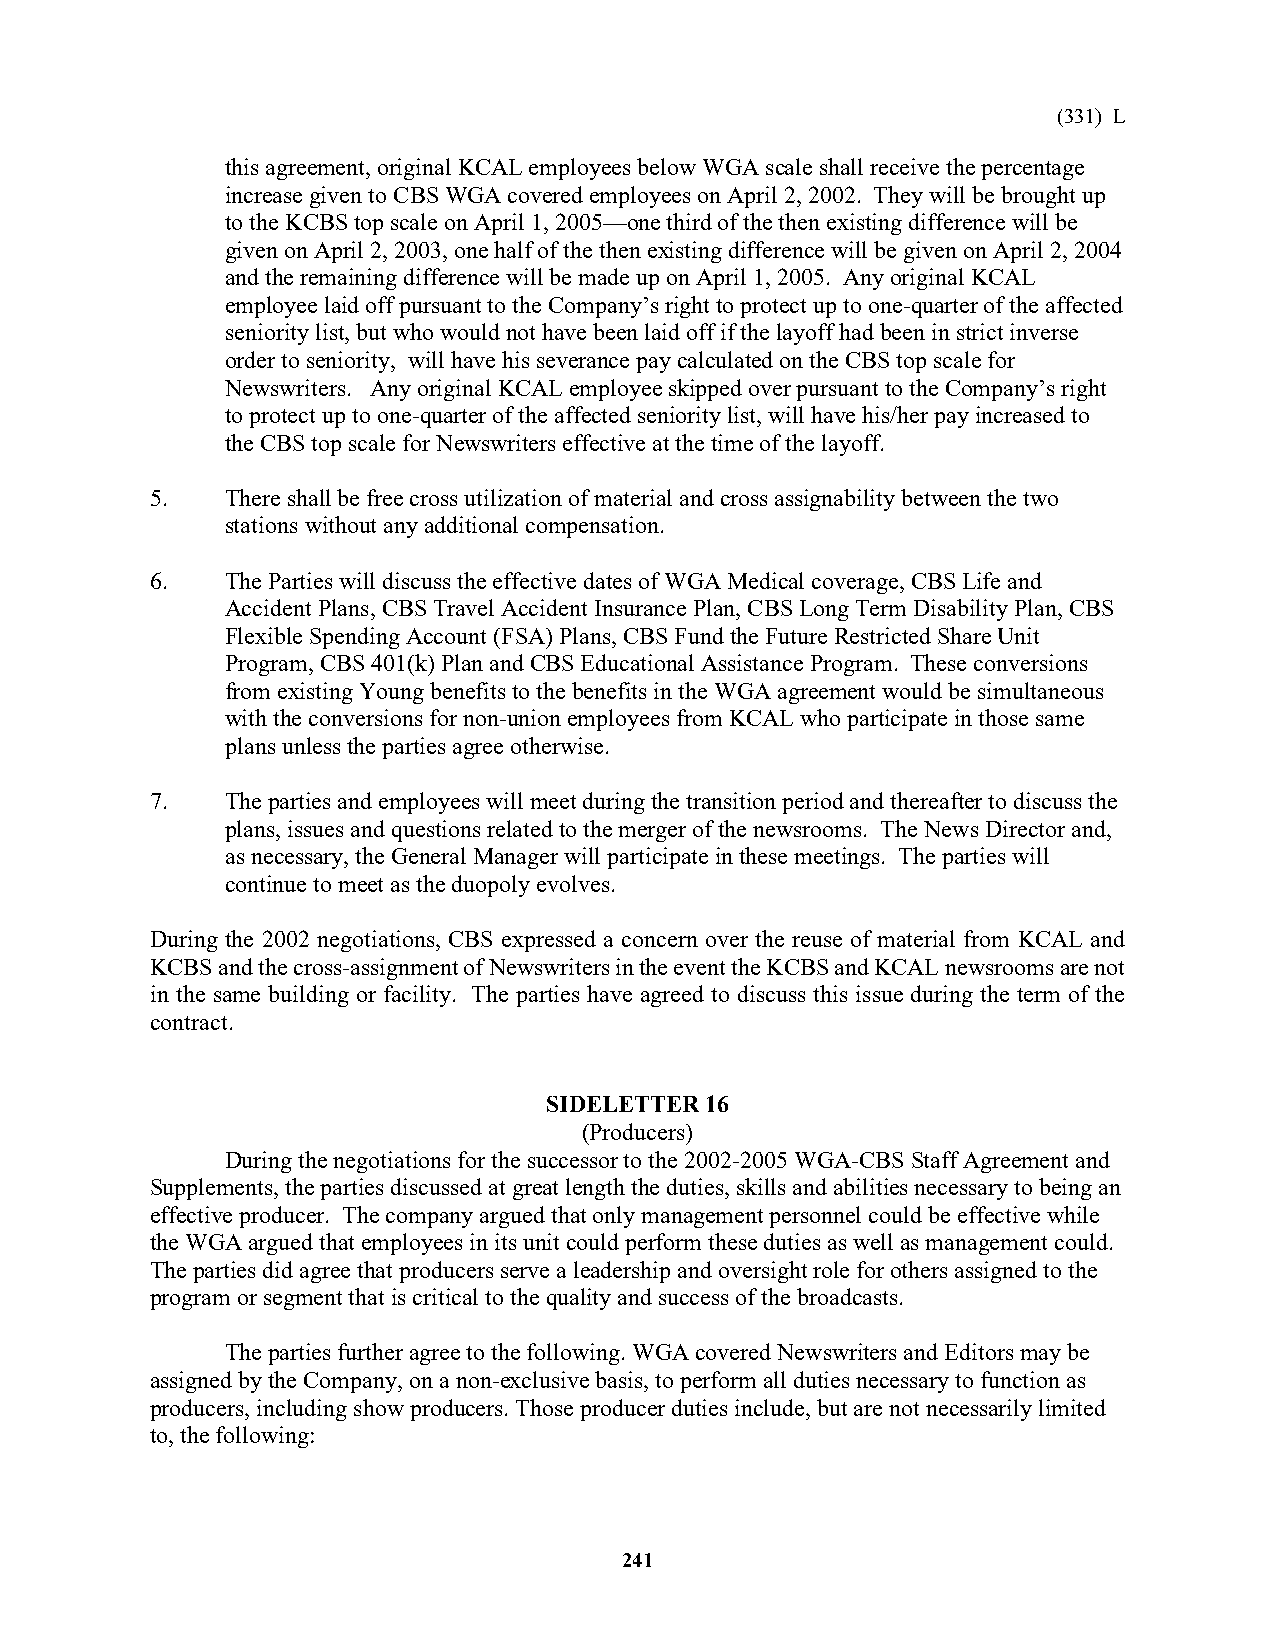
(331) L
 this agreement, original KCAL employees below WGA scale shall receive the percentage
 increase given to CBS WGA covered employees on April 2, 2002. They will be brought up
 to the KCBS top scale on April 1, 2005—one third of the then existing difference will be
 given on April 2, 2003, one half of the then existing difference will be given on April 2, 2004
 and the remaining difference will be made up on April 1, 2005. Any original KCAL
 employee laid off pursuant to the Company’s right to protect up to one-quarter of the affected
 seniority list, but who would not have been laid off if the layoff had been in strict inverse
 order to seniority, will have his severance pay calculated on the CBS top scale for
 Newswriters. Any original KCAL employee skipped over pursuant to the Company’s right
 to protect up to one-quarter of the affected seniority list, will have his/her pay increased to
 the CBS top scale for Newswriters effective at the time of the layoff.
 5.   There shall be free cross utilization of material and cross assignability between the two
 stations without any additional compensation.
 6.   The Parties will discuss the effective dates of WGA Medical coverage, CBS Life and
 Accident Plans, CBS Travel Accident Insurance Plan, CBS Long Term Disability Plan, CBS
 Flexible Spending Account (FSA) Plans, CBS Fund the Future Restricted Share Unit
 Program, CBS 401(k) Plan and CBS Educational Assistance Program. These conversions
 from existing Young benefits to the benefits in the WGA agreement would be simultaneous
 with the conversions for non-union employees from KCAL who participate in those same
 plans unless the parties agree otherwise.
 7.   The parties and employees will meet during the transition period and thereafter to discuss the
 plans, issues and questions related to the merger of the newsrooms. The News Director and,
 as necessary, the General Manager will participate in these meetings. The parties will
 continue to meet as the duopoly evolves.
 During the 2002 negotiations, CBS expressed a concern over the reuse of material from KCAL and
 KCBS and the cross-assignment of Newswriters in the event the KCBS and KCAL newsrooms are not
 in the same building or facility. The parties have agreed to discuss this issue during the term of the
 contract.
 SIDELETTER 16
 (Producers)
 During the negotiations for the successor to the 2002-2005 WGA-CBS Staff Agreement and
 Supplements, the parties discussed at great length the duties, skills and abilities necessary to being an
 effective producer. The company argued that only management personnel could be effective while
 the WGA argued that employees in its unit could perform these duties as well as management could.
 The parties did agree that producers serve a leadership and oversight role for others assigned to the
 program or segment that is critical to the quality and success of the broadcasts.
 The parties further agree to the following. WGA covered Newswriters and Editors may be
 assigned by the Company, on a non-exclusive basis, to perform all duties necessary to function as
 producers, including show producers. Those producer duties include, but are not necessarily limited
 to, the following:
 241